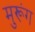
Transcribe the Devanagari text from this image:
मुरूंग